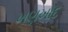
ખણખોદ